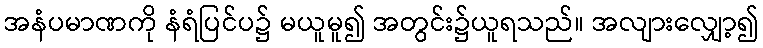
အနံပမာဏကို နံရံပြင်ပ၌ မယူမူ၍ အတွင်း၌ယူရသည်။ အလျားလျှော့၍